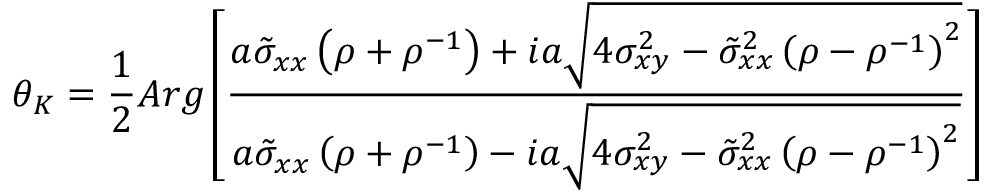
\theta _ { K } = \frac { 1 } { 2 } A r g \left[ \frac { a \tilde { \sigma } _ { x x } \left( \rho + \rho ^ { - 1 } \right) + i a \sqrt { 4 \sigma _ { x y } ^ { 2 } - \tilde { \sigma } _ { x x } ^ { 2 } \left( \rho - \rho ^ { - 1 } \right) ^ { 2 } } } { a \tilde { \sigma } _ { x x } \left( \rho + \rho ^ { - 1 } \right) - i a \sqrt { 4 \sigma _ { x y } ^ { 2 } - \tilde { \sigma } _ { x x } ^ { 2 } \left( \rho - \rho ^ { - 1 } \right) ^ { 2 } } } \right]